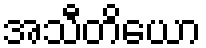
အသီတိယော